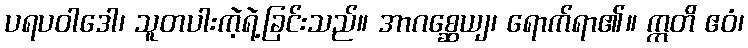
ပရပဝါဒေါ၊ သူတပါးကဲ့ရဲ့ခြင်းသည်။ အာဂစ္ဆေယျ၊ ရောက်ရာ၏။ ဣတိ ဧဝံ၊